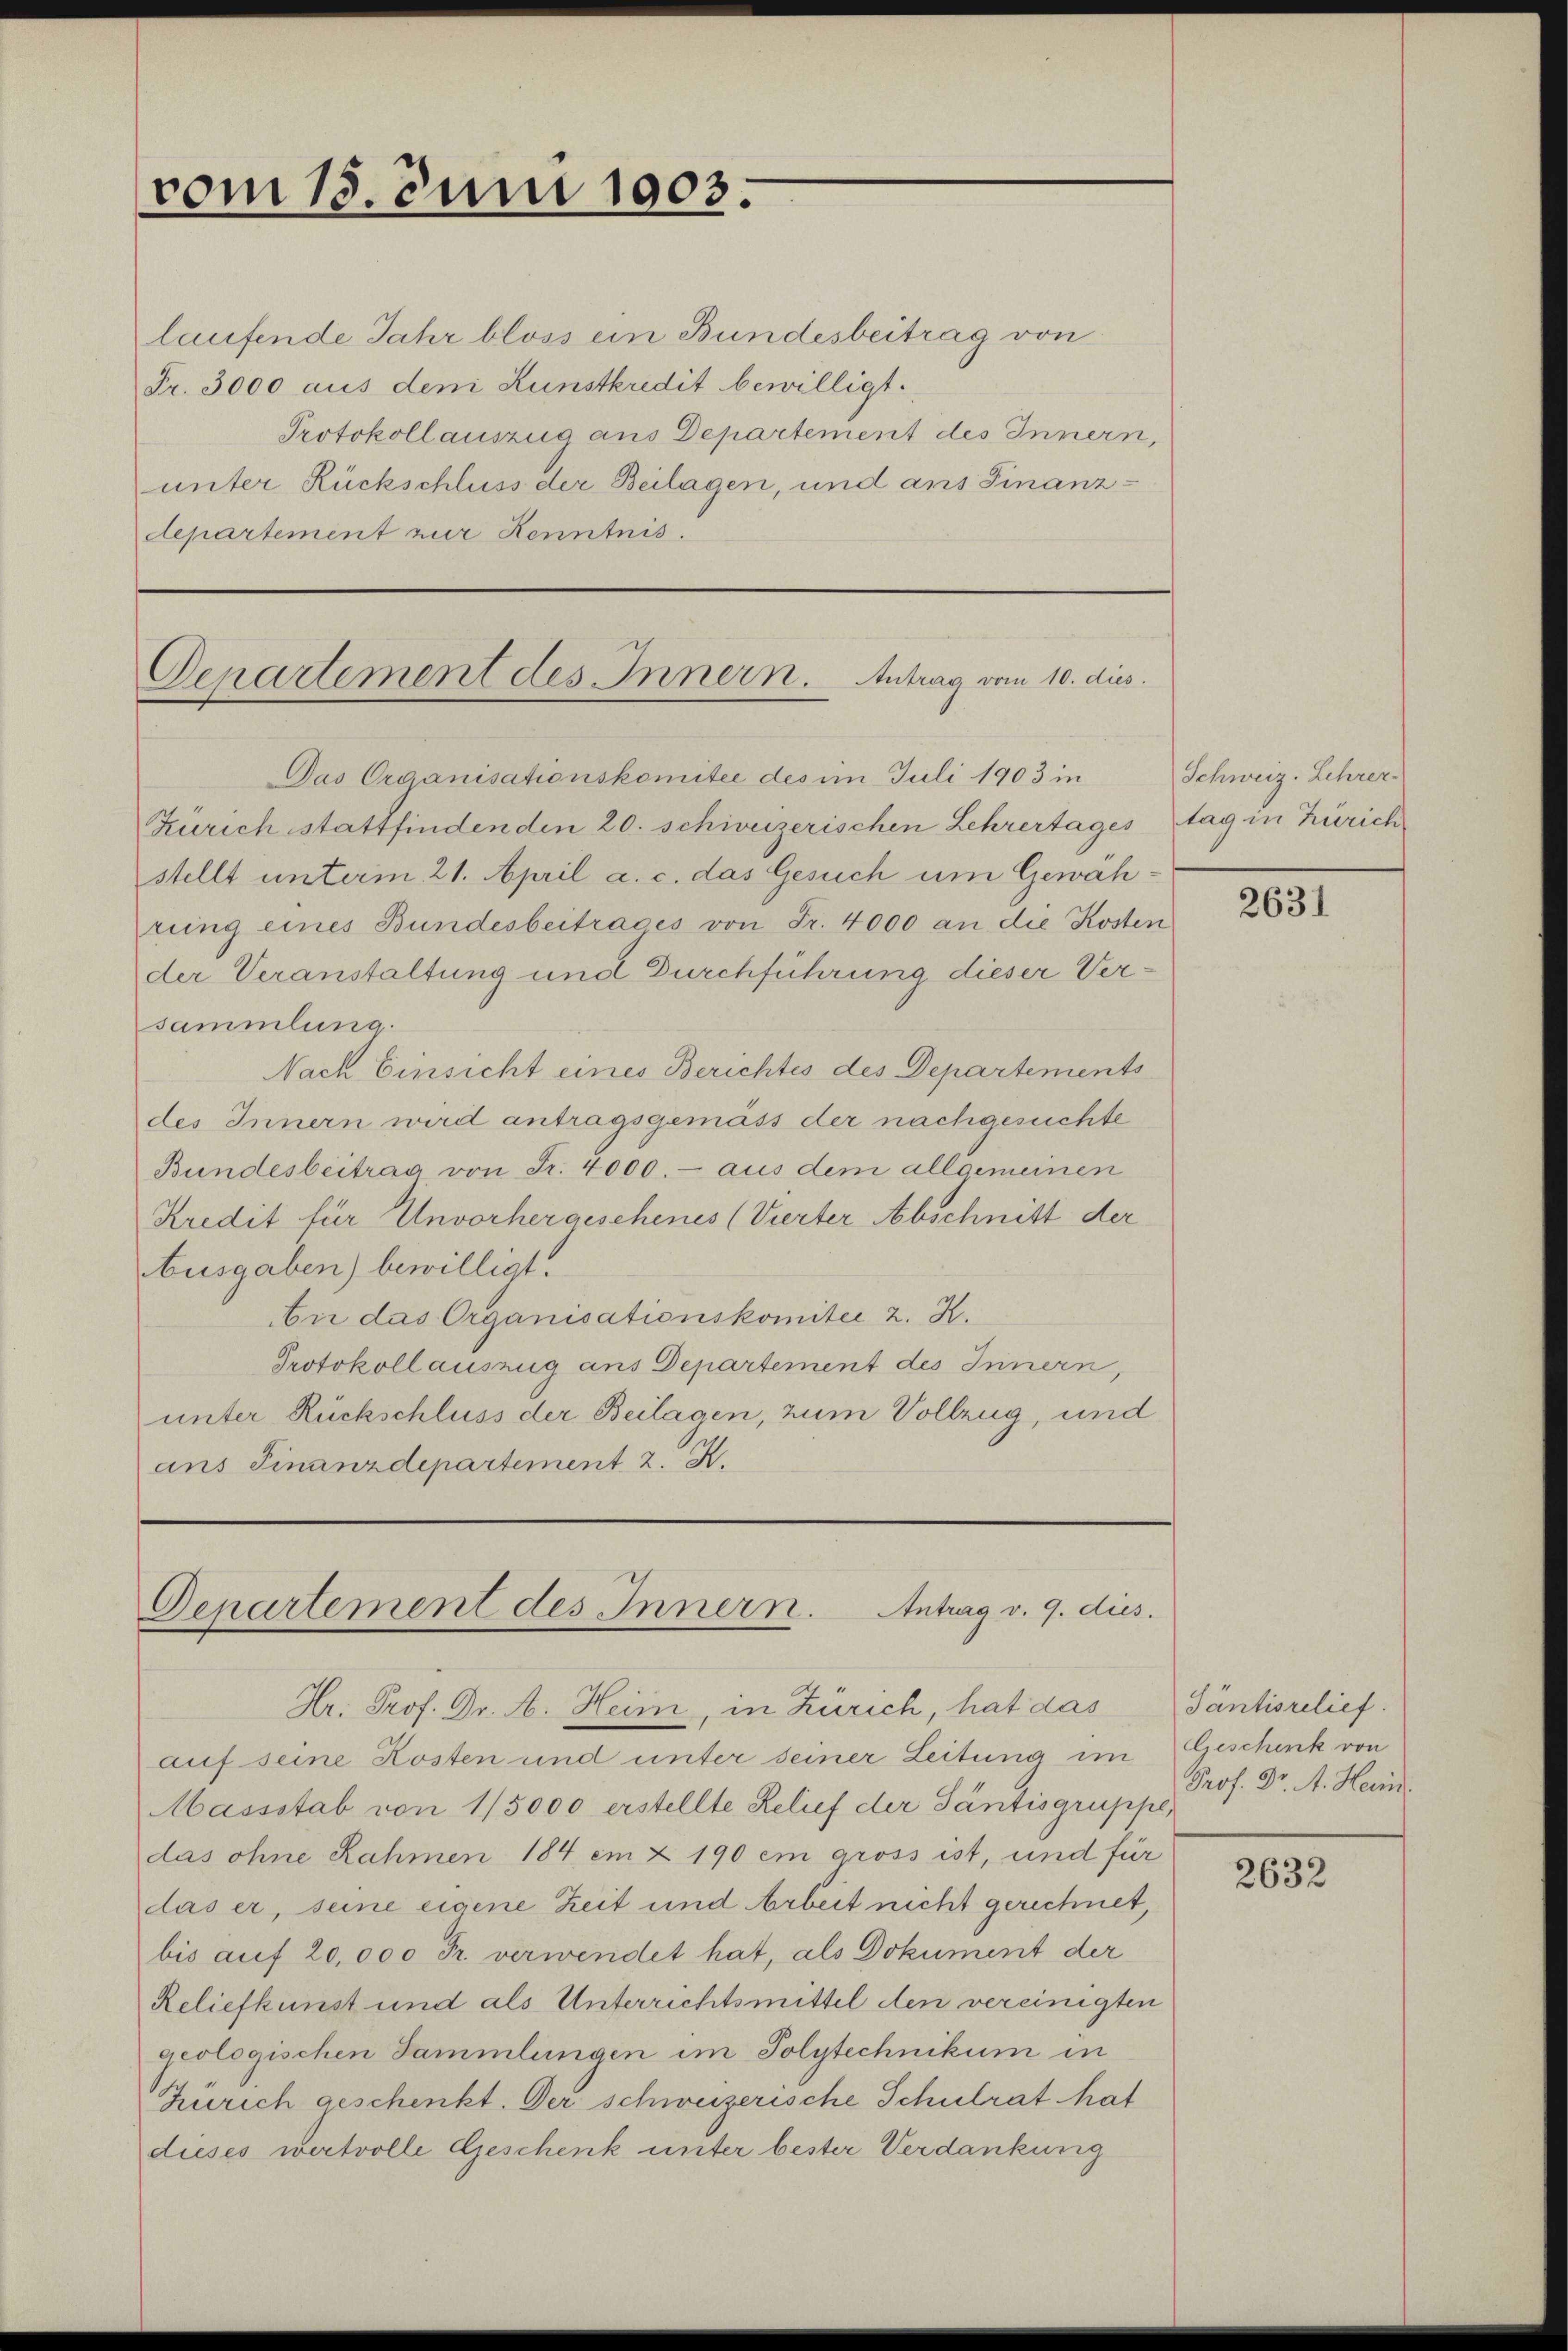
vom 15. Juni 1903.

laufende Jahr bloss ein Bundesbeitrag von
Fr. 3000 aus den Lunstkredit bewilligt.
Protokollauszug aus Departement des Innern,
unter Rückschluss der Beilagen, und ans Finanzdepartement zur Kenntnis.

Departement des Innern. Antrag vom 10. dies
Das Organisationskomitee des im Juli 1903 in

Zürich stattfinden den 20. schweizerischen Lehrertages tag in Zürich
stellt unterm 21. April a. c. das Gesuch um Gewährung eines Bundesbeitrages von Fr. 4000 an die Kosten
der Veranstaltung und Durchführung dieser Versammlung.
Nach Einsicht eines Berichtes des Departements
des Innern wird antragsgemäss der nachgesuchte
Bundesbeitrag von Fr. 4000.- aus dem allgemeinen
Kredit für Unvorhergeschenes (Vierter Abschnitt der
busgaben) bewilligt.
bi das Organisationskomitee 2. K.
Protokollauszug aus Departement des Innern,
unter Rückschluss der Beilagen, zum Vollzug, und
ans Finanzdepartement z. K.

Departement des Innern. Antrag v. 9. dies.
Hr. Prof. Dr. A. Heim, in Zürich, hat das

auf seine Kosten und unter seiner Leitung im
Massstab von 1/5000 erstellte Relief der Tantisgruppe,
das ohne Rahmen 184 im § 190 em gross ist, und für
das er, seine eigene Zeit und Arbeit nicht gerechnet,
bis auf 20,000 Fr. verwendet hat, als Dokument der
Reliefkunst und als Unterrichtsmittel den vereinigten
geologischen Sammlungen im Polytechnikum in
Zürich geschenkt. Der schweizerische Schulrat hat
dieses wertvolle Geschenk unter bester Verdankung

Schweiz. Lehrer

2631

Täntisrelief.
Geschenk von
Prof. Dr. A. Herin

2632